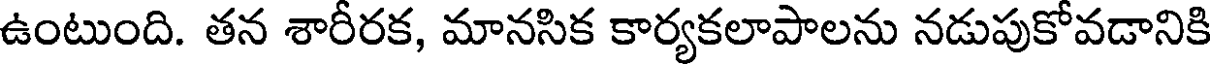
ఉంటుంది. తన శారీరక, మానసిక కార్యకలాపాలను నడుపుకోవడానికి